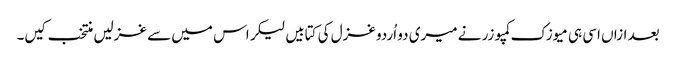
بعد ازاں اسی ہی میوزک کمپوزر نے میری دو اُردو غزل کی کتابیں لیکر اس میں سے غزلیں منتخب کیں۔